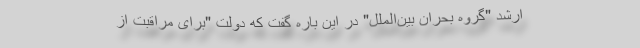
ارشد "گروه بحران بین‌الملل" در این باره گفت که دولت "برای مراقبت از